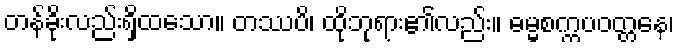
တန်ခိုးလည်းရှိထသော။ တဿပိ၊ ထိုဘုရား၏လည်း။ ဓမ္မစက္ကပဝတ္တနေ၊